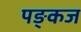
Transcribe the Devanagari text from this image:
पङ्कज